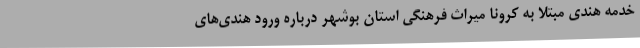
خدمه هندی مبتلا به کرونا میراث فرهنگی استان بوشهر درباره ورود هندی‌های